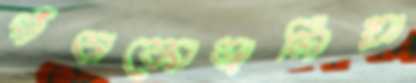
পঁচাকোড়ালিয়া